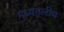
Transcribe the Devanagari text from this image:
मध्यतलीय